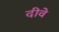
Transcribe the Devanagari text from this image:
दीवे